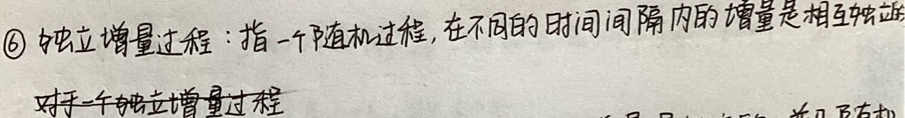
\textcircled{6} 独立增量过程：指一个随机过程，在不同的时间间隔内的增量是相互独立的。对于一个独立增量过程